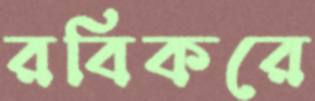
রবিকরে